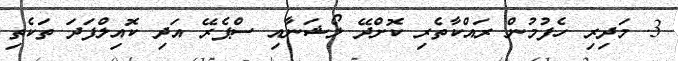
3. މަދިރި ހެފުމުން ރައްކާތެރި ކޮށްދޭ ލޯޝަނާއި ސްޕެރޭ އަދި ކޮއިލްފަދަ ތަކެތި